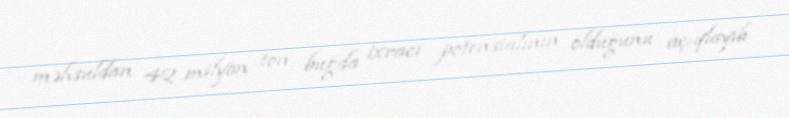
məhsuldan 42 milyon ton buğda ixracı potensialının olduğunu açıqlayıb.